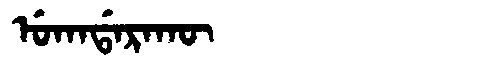
Manchu: ᡠᡴᠠᡩᠠᡵᠠᡴᡡ
Romanization: UKADARAKŪ